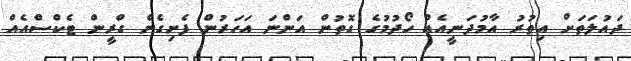
ދައުލަތަށް އިތުރު އާމުދަނީއެއް ހޯދުމުގެ ގޮތުން އަންނަ އަހަރުން ފެށިގެން ގްރީން ޓެކްސްއެއް